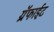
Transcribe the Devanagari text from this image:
ग्रॅफाईट